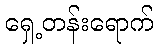
ရှေ့တန်းရောက်